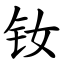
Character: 钕